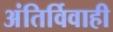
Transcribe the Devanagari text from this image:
अंतिर्विवाही